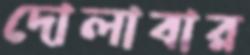
দোলাবার